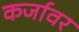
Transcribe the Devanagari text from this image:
कर्जावर